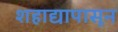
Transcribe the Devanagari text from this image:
शहाद्यापासून